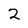
Character: 2